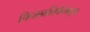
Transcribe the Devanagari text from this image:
पित्तानलिकेमधून